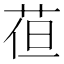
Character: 𮏈